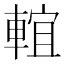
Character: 𨌵